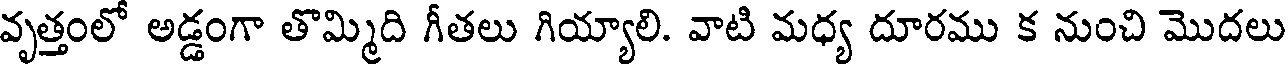
వృత్తంలో అడ్డంగా తొమ్మిది గీతలు గియ్యాలి. వాటి మధ్య దూరము క నుంచి మొదలు